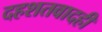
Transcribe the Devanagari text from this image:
दहशतवादही